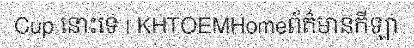
Cup នោះទេ | KHTOEMHomeព័ត៌មានកីឡា